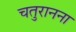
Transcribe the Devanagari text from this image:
चतुरानना